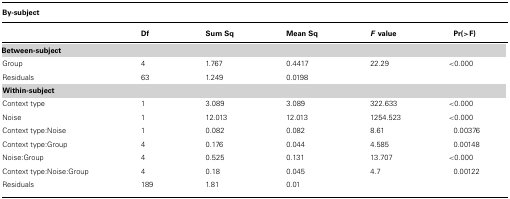
<table><thead><tr><td><b>By-subject</b></td></tr><tr><td></td><td><b>Df</b></td><td><b>Sum Sq</b></td><td><b>Mean Sq</b></td><td><b><i>F</i>value</b></td><td><b>Pr(&gt;F)</b></td></tr></thead><tbody><tr><td><b>Between-subject</b></td><td></td><td></td><td></td><td></td><td></td></tr><tr><td>Group</td><td>4</td><td>1.767</td><td>0.4417</td><td>22.29</td><td>&lt;0.000</td></tr><tr><td>Residuals</td><td>63</td><td>1.249</td><td>0.0198</td><td></td><td></td></tr><tr><td><b>Within-subject</b></td><td></td><td></td><td></td><td></td><td></td></tr><tr><td>Context type</td><td>1</td><td>3.089</td><td>3.089</td><td>322.633</td><td>&lt;0.000</td></tr><tr><td>Noise</td><td>1</td><td>12.013</td><td>12.013</td><td>1254.523</td><td>&lt;0.000</td></tr><tr><td>Context type:Noise</td><td>1</td><td>0.082</td><td>0.082</td><td>8.61</td><td>0.00376</td></tr><tr><td>Context type:Group</td><td>4</td><td>0.176</td><td>0.044</td><td>4.585</td><td>0.00148</td></tr><tr><td>Noise:Group</td><td>4</td><td>0.525</td><td>0.131</td><td>13.707</td><td>&lt;0.000</td></tr><tr><td>Context type:Noise:Group</td><td>4</td><td>0.18</td><td>0.045</td><td>4.7</td><td>0.00122</td></tr><tr><td>Residuals</td><td>189</td><td>1.81</td><td>0.01</td><td></td><td></td></tr></tbody></table>